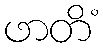
ဖာတိံ